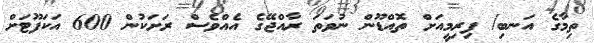
ތިމާގެ އަނބި/ ފިރިމީއަށް ތޮއްޑޫން ނުވަތަ ރާއްޖޭގެ އެއްވެސް ރަށަކުން 600 އަކަފޫޓަށް